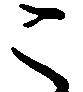
こ